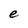
Character: e